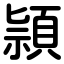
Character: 頴